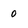
Character: o